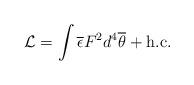
LaTeX: \begin{align*}{\cal L}= \int \overline{\epsilon} F^2 d^4 \overline{\theta} + \mathrm{h.c.}\end{align*}